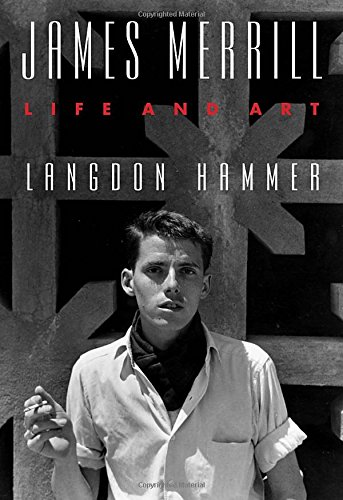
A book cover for James Merrill: Life and Art; Langdon Hammer; Gay & Lesbian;